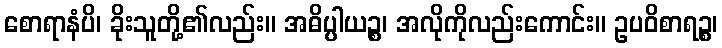
စောရာနံပိ၊ ခိုးသူတို့၏လည်း။ အဓိပ္ပါယဉ္စ၊ အလိုကိုလည်းကောင်း။ ဥပဝိစာရဉ္စ၊